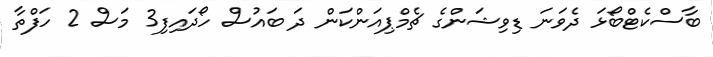
ބާސްކެޓްބޯޅަ ދެވަނަ ޑިވިޝަންގެ ޗެމްޕިއަންކަން ދަ ބައުސް ހޯދައިފި3 މަސް 2 ހަފްތާ